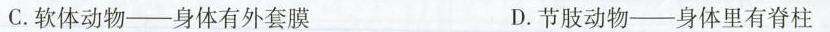
C.软体动物-身体有外套膜 D.节肢动物-身体里有脊柱